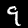
Label: 9